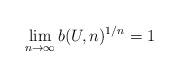
LaTeX: \begin{align*}\lim_{n\to\infty}b(U,n)^{1/n}=1\end{align*}